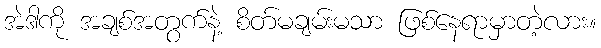
အဲဒါကို အချစ်အတွက်နဲ့ စိတ်မချမ်းမသာ ဖြစ်နေရာမှာတဲ့လား။